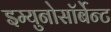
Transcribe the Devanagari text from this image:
इम्युनोसॉर्बेन्ट